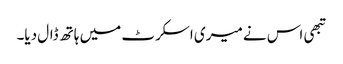
تبھی اس نے میری اسکرٹ میں ہاتھ ڈال دیا۔